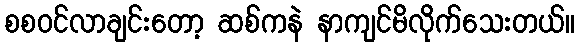
စစဝင်လာချင်းတော့ ဆစ်ကနဲ နာကျင်မိလိုက်သေးတယ်။